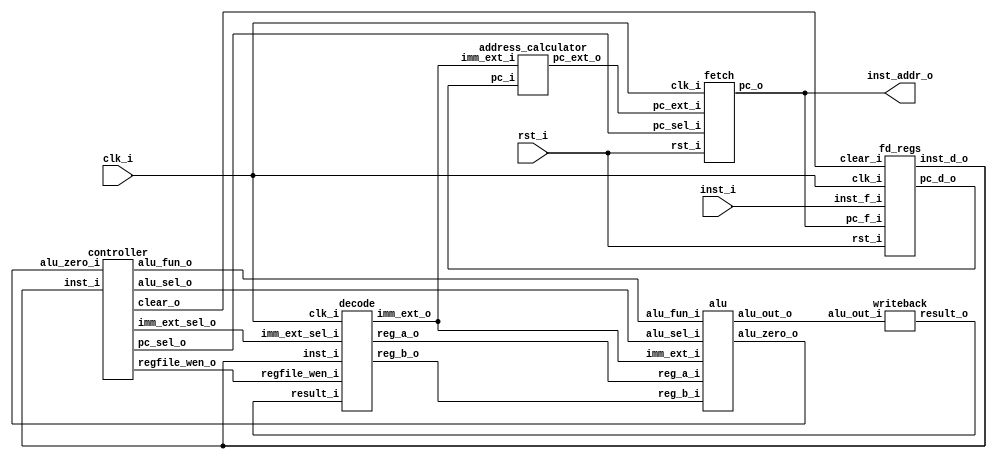
// Matrak M10 RV32I RISC-V Processor
// Glpare II Architechture 2023
// Processor Module

module matrak (
   input                clk_i,
   input                rst_i,
   input [31:0]         inst_i,     // Bellekten gelen buyruk
   output [31:0]        inst_addr_o // Bellee giden buyruk adresi
);

   // Getirme birimi balantlar
   wire c2f_pc_sel;
   wire [31:0] ac2f_pc_ext;

   fetch f1 (
      .clk_i(clk_i),
      .rst_i(rst_i),
      .pc_sel_i(c2f_pc_sel),
      .pc_ext_i(ac2f_pc_ext),
      .pc_o(inst_addr_o)
   );

   // Boru hatt kaydedicisi balantlar
   wire [31:0] fd2d_inst;
   wire [31:0] fd2ac_pc_d;
   wire c2fd_clear;

   fd_regs fd1 (
      .clk_i(clk_i),
      .rst_i(rst_i),
      .clear_i(c2fd_clear),
      .inst_f_i(inst_i),
      .pc_f_i(inst_addr_o),
      .inst_d_o(fd2d_inst),
      .pc_d_o(fd2ac_pc_d)
   );

   // zme modl balantlar
   wire c2d_regfile_wen;
   wire [2:0] c2d_imm_ext_sel;
   wire [31:0] w2d_result;
   wire [31:0] d2a_reg_a;
   wire [31:0] d2a_reg_b;
   wire [31:0] d2a_imm_ext;

   decode d1 (
      .clk_i(clk_i),
      .regfile_wen_i(c2d_regfile_wen),
      .imm_ext_sel_i(c2d_imm_ext_sel),
      .inst_i(fd2d_inst),
      .result_i(w2d_result),
      .reg_a_o(d2a_reg_a),
      .reg_b_o(d2a_reg_b),
      .imm_ext_o(d2a_imm_ext)
   );

   // ALU balantlar
   wire c2a_alu_sel;
   wire [3:0] c2a_alu_fun;
   wire [31:0] a2w_alu_out;
   wire a2c_alu_zero;

   alu a1 (
      .alu_sel_i(c2a_alu_sel),
      .alu_fun_i(c2a_alu_fun),
      .reg_a_i(d2a_reg_a),
      .reg_b_i(d2a_reg_b),
      .imm_ext_i(d2a_imm_ext),
      .alu_zero_o(a2c_alu_zero),
      .alu_out_o(a2w_alu_out)
   );

   address_calculator ac1(
      .pc_i(fd2ac_pc_d),
      .imm_ext_i(d2a_imm_ext),
      .pc_ext_o(ac2f_pc_ext)
   );

   writeback w1 (
      .alu_out_i(a2w_alu_out),
      .result_o(w2d_result)
   );

   controller c1 (
      .inst_i(fd2d_inst),
      .alu_zero_i(a2c_alu_zero),
      .regfile_wen_o(c2d_regfile_wen),
      .imm_ext_sel_o(c2d_imm_ext_sel),
      .alu_sel_o(c2a_alu_sel),
      .alu_fun_o(c2a_alu_fun),
      .pc_sel_o(c2f_pc_sel),
      .clear_o(c2fd_clear)
   );

endmodule

module fetch (
   input                clk_i,
   input                rst_i,
   input                pc_sel_i,   // Program sayac seim girii
   input [31:0]         pc_ext_i,   // Dallanma adres girii
   output reg [31:0]    pc_o        // Program sayac k
);

   // Program sayacna 4 ekle
   wire [31:0] pc_plus = pc_o + 4;

   // Dallanma adresi veya PC + 4 
   wire [31:0] pc_next = pc_sel_i ? pc_ext_i : pc_plus;

   always @(posedge clk_i, posedge rst_i) begin
      if (rst_i) begin
         pc_o <= 32'h0000_0000;
      end else begin
         pc_o <= pc_next;
      end
   end

endmodule

module fd_regs (
   input                clk_i,
   input                rst_i,
   input                clear_i,    // Sfrlama sinyali (boru hatt boaltma)
   input [31:0]         inst_f_i,   // Buyruk girii (bellekten geliyor)
   input [31:0]         pc_f_i,     // Progam sayac girii (getirme biriminden geliyor)
   output reg [31:0]    inst_d_o,   // Buyruk k (yrtme aamasna gidiyor)
   output reg [31:0]    pc_d_o      // Program sayac k (yrtme aamasna gidiyor)
);

   always @(posedge clk_i, posedge rst_i) begin
      if (rst_i) begin
         inst_d_o <= 32'b0;
         pc_d_o   <= 32'b0;
      end else begin
         if (clear_i) begin // Boru hatt boaltlyor.
            inst_d_o <= 32'b0;
            pc_d_o   <= 32'b0;
         end else begin
            inst_d_o <= inst_f_i;
            pc_d_o   <= pc_f_i;
         end
      end
   end

endmodule

module decode (
   input                   clk_i,
   input                   regfile_wen_i, // Kaydedici dosyas yazma yetkilendirme
   input [2:0]             imm_ext_sel_i, // vedi geniletici format seimi
   input [31:0]            inst_i,        // Boru hatt kaydedicisinden gelen buyruk
   input [31:0]            result_i,      // Hedef kaydedicisine (rd) yazlacak deer 
   output [31:0]           reg_a_o,       // Birinci kaynak kaydedicisinin (rs1) deeri
   output [31:0]           reg_b_o,       // kinci kaynak kaydedicisinin (rs2) deeri
   output reg [31:0]       imm_ext_o      // vedi genileticinin k
);

   // 32 bit genilikte 32 adet kaydedicili kaydedici dosyas
   reg [31:0] regfile [31:0];

   // Kaydedici adreslerini buyruktan aykla
   wire [4:0] reg_a_addr      = inst_i[19:15];  // rs1 adres
   wire [4:0] reg_b_addr      = inst_i[24:20];  // rs2 adres
   wire [4:0] target_reg_addr = inst_i[11:7];   // rd adres

   // Kaydedici dosyasndan oku
   assign reg_a_o = (reg_a_addr == 5'b0) ? 32'b0 : regfile[reg_a_addr]; // rs1 deeri
   assign reg_b_o = (reg_b_addr == 5'b0) ? 32'b0 : regfile[reg_b_addr]; // rs2 deeri

   // Kaydedici dosyasna yaz
   always @(posedge clk_i) begin
      if (regfile_wen_i) begin
         regfile[target_reg_addr] <= result_i;
      end
   end

   // vedi geniletici
   always @(*) begin
      case (imm_ext_sel_i)
         3'b000   : imm_ext_o = {{20{inst_i[31]}}, inst_i[31:20]}; // I-type
         3'b001   : imm_ext_o = {{20{inst_i[31]}}, inst_i[7], inst_i[30:25], inst_i[11:8], 1'b0}; // B-type
         default  : imm_ext_o = 32'b0; 
      endcase
   end

endmodule

module alu (
   input                      alu_sel_i,  // kinci ilenenin seim sinyali (rs2 veya imm)
   input [3:0]                alu_fun_i,  // lem seim sinyali
   input [31:0]               reg_a_i,    // rs1 deeri
   input [31:0]               reg_b_i,    // rs2 deeri
   input [31:0]               imm_ext_i,  // imm deeri
   output                     alu_zero_o, // Sonu sfr sinyali
   output reg [31:0]          alu_out_o   // Sonu deeri
);

   // Birinci ilenen iki buyruk formatnda da sabit.
   wire signed [31:0] alu_a = reg_a_i;
   // kinci ilenen seim sinyaline gre belirleniyor.
   wire signed [31:0] alu_b = alu_sel_i ? imm_ext_i : reg_b_i;

   // Sonu 0'a eit ise alu_zero_o sinyali 1 olur.
   assign alu_zero_o = ~(|alu_out_o);

   always @(*) begin
      case (alu_fun_i)
         4'b0000  : alu_out_o = alu_a + alu_b;           // Toplama 
         4'b0001  : alu_out_o = alu_a - alu_b;           // karma
         4'b0010  : alu_out_o = alu_a & alu_b;           // VE
         4'b0011  : alu_out_o = alu_a ^ alu_b;           // XOR
         4'b0100  : alu_out_o = alu_a | alu_b;           // VEYA
         4'b0101  : alu_out_o = alu_a << alu_b[4:0];     // Sola kaydrma
         4'b0110  : alu_out_o = alu_a >> alu_b[4:0];     // Saa kaydrma
         4'b0111  : alu_out_o = alu_a >>> alu_b[4:0];    // Aritmetik saa kaydrma
         4'b1000  : alu_out_o = {31'b0, alu_a == alu_b}; // Eitse alu_out_o = 1, deilse alu_out_o = 0 (beq, bne)
         4'b1001  : alu_out_o = {31'b0, alu_a < alu_b};  // Kkse alu_out_o = 1, deilse alu_out_o = 0 (blt, bge, slt, slti)
         4'b1010  : alu_out_o = {31'b0, $unsigned(alu_a) < $unsigned(alu_b)}; // (aretsiz) kkse alu_out_o = 1, deilse alu_out_o = 0 (bltu, bgeu, sltu, sltiu)
         default  : alu_out_o = 32'bx;                   // Geersiz alu_fun_i sinyali
      endcase
   end

endmodule

module address_calculator (
   input [31:0]               pc_i,       // Boru hatt kaydedicisinden gelen program sayacnn deeri
   input [31:0]               imm_ext_i,  // zme biriminden gelen ivedi deer
   output [31:0]              pc_ext_o    // Program sayacna yazlacak adres
);

   assign pc_ext_o = pc_i + imm_ext_i;

endmodule

module writeback (
   input  [31:0]              alu_out_i,
   output [31:0]              result_o
);

   assign result_o = alu_out_i;

endmodule

module controller (
   input [31:0]               inst_i,        // Boru hatt kaydedicisinden gelen buyruk
   input                      alu_zero_i,    // ALU'dan gelen sonu sfr sinyali
   output                     regfile_wen_o, // Kaydedici dosyas yazma yetkilendirme sinyali
   output [2:0]               imm_ext_sel_o, // vedi geniletici format seim sinyali
   output                     alu_sel_o,     // ALU ikinci ilenen seim sinyali
   output reg [3:0]           alu_fun_o,     // ALU ilem seim sinyali
   output                     pc_sel_o,      // Program sayac adres seim sinyali
   output                     clear_o        // Boru hatt boaltma sinyali
);

   // Buyruun gerekli blmleri ayklanyor.
   wire [6:0] opcode = inst_i[6:0];
   wire [2:0] funct3 = inst_i[14:12];
   wire [6:0] funct7 = inst_i[31:25];

   wire [1:0] alu_dec;
   wire branch_op;

   reg [7:0] control_signals;
   assign {regfile_wen_o, imm_ext_sel_o, alu_sel_o, alu_dec, branch_op} = control_signals;

   always @(*) begin
      case (opcode)
         7'b0110011  : control_signals = 8'b1_xxx_0_11_0; // R-type buyruk
         7'b0010011  : control_signals = 8'b1_000_1_11_0; // I-type buyruk
         7'b1100011  : control_signals = 8'b0_001_0_01_1; // B-type buyruk
         7'b0000000  : control_signals = 8'b0_000_0_00_0; // Sfrlama durumu
         default     : control_signals = 8'bx_xxx_x_xx_x; // Geersiz buyruk
      endcase
   end

   // Buyruk R-type ise ve funct7 deeri 0x20 ise karma ilemi anlamna gelir.
   wire sub = opcode[5] & funct7[5];

   // ALU'da yaplacak ilem belirleniyor.
   always @(*) begin
      case (alu_dec)
         2'b01    : // B-type
            case (funct3)
               3'b000   : alu_fun_o = 4'b1000; // beq
               3'b001   : alu_fun_o = 4'b1000; // bne
               3'b100   : alu_fun_o = 4'b1001; // blt
               3'b101   : alu_fun_o = 4'b1001; // bge
               3'b110   : alu_fun_o = 4'b1010; // bltu
               3'b111   : alu_fun_o = 4'b1010; // bgeu
               default  : alu_fun_o = 4'bx;
            endcase
         2'b11    : // R-type veya I-type
            case (funct3)
               3'b000   : // add-addi veya sub buyruu
                  if (sub) begin
                     alu_fun_o = 4'b0001; // sub
                  end else begin
                     alu_fun_o = 4'b0000; // add, addi
                  end
               3'b001   : alu_fun_o = 4'b0101; // sll, slli
               3'b010   : alu_fun_o = 4'b1001; // slt, slti
               3'b011   : alu_fun_o = 4'b1010; // sltu, sltiu
               3'b100   : alu_fun_o = 4'b0011; // xor, xori
               3'b101   : // srl, srli, sra, srai
                  if (funct7[5]) begin
                     alu_fun_o = 4'b0111; // sra, srai
                  end else begin
                     alu_fun_o = 4'b0110; // srl, srli
                  end
               3'b110   : alu_fun_o = 4'b0100; // or, ori
               3'b111   : alu_fun_o = 4'b0010; // and, andi
               default  : alu_fun_o = 4'b0000;
            endcase
         default  : alu_fun_o = 4'b0000; // Varsaylan ilem toplama
      endcase
   end

   reg branch_valid;

   always @(*) begin
      case (funct3)
         3'b000   : branch_valid = !alu_zero_i;   // beq
         3'b001   : branch_valid = alu_zero_i;    // bne
         3'b100   : branch_valid = !alu_zero_i;   // blt
         3'b101   : branch_valid = alu_zero_i;    // bge
         3'b110   : branch_valid = !alu_zero_i;   // bltu
         3'b111   : branch_valid = alu_zero_i;    // bgeu
         default  : branch_valid = 1'b0;
      endcase
   end

   assign pc_sel_o   = branch_op & branch_valid; // Dallanma durumu kontrol ediliyor.
   assign clear_o    = pc_sel_o; // Boru hattn boalt

endmodule